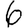
Digit: 6